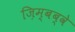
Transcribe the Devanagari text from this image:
ज़िम्बब्वे